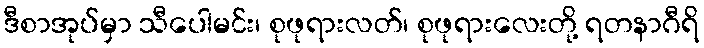
ဒီစာအုပ်မှာ သီပေါမင်း၊ စုဖုရားလတ်၊ စုဖုရားလေးတို့ ရတနာဂီရိ